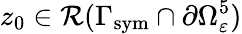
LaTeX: z_{0}\in\mathcal{R}(\Gamma_{\mathrm{sym}}\cap\partial\Omega_{\varepsilon}^{5})